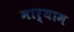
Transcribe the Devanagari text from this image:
मार्याम